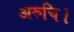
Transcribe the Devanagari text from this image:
अरुचि।